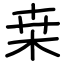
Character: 桒